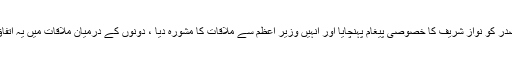
ذرائع کے مطابق مولانا فضل الرحمان نے سابق صدر کو نواز شریف کا خصوصی پیغام پہنچایا اور انہیں وزیر اعظم سے ملاقات کا مشورہ دیا ، دونوں کے درمیان ملاقات میں یہ اتفاق کیا گیا کہ سسٹم کو ڈی ریل نہیں ہونے دیں گے ۔